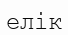
елік